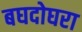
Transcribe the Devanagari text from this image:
बघदोघरा